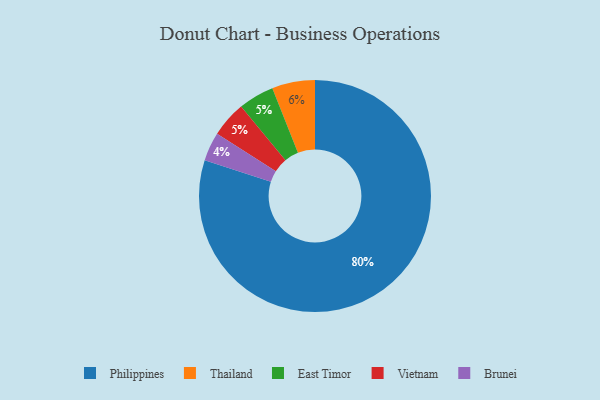
{"axis": {"x": "Category", "y": "Percentage"}, "legend": ["Brunei", "East Timor", "Philippines", "Thailand", "Vietnam"], "data": [{"x": "East Timor", "y": 5, "type": "East Timor"}, {"x": "Thailand", "y": 6, "type": "Thailand"}, {"x": "Philippines", "y": 80, "type": "Philippines"}, {"x": "Brunei", "y": 4, "type": "Brunei"}, {"x": "Vietnam", "y": 5, "type": "Vietnam"}]}